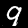
Digit: 9